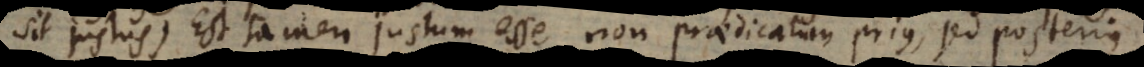
it justus, est tamen justum esse non praedicatum prius, sed posterius